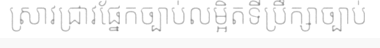
ស្រាវជ្រាវផ្នែកច្បាប់លម្អិតទីប្រឹក្សាច្បាប់